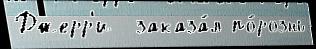
Джерр'и  заказа́л по́рознь